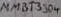
Text: MMBT3904